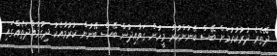
ދޭތެރެ ދުރުކުރުމަށް ބޭސް ބޭނުންކުރާ މީހުން ގަވާއިދުން ބޭސް ބޭނުން ކުރުމާއެކު ދިގުމުއްދަތެއްގައި